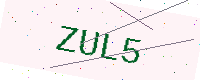
Text: ZUL5